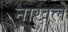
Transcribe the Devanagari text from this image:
नाखले